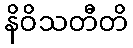
နိဝိသတီတိ